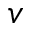
\boldsymbol { v }